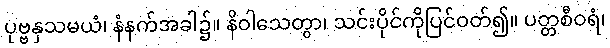
ပုဗ္ဗနှသမယံ၊ နံနက်အခါ၌။ နိဝါသေတွာ၊ သင်းပိုင်ကိုပြင်ဝတ်၍။ ပတ္တစီဝရံ၊